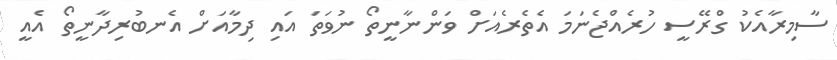
ސާމިރާއެކު ގްރޭސީ ހުރެއްޖެނަމަ އެތެރެއަށް ވަންނާނީތޯ ނުވަތަ އައި ދިމާއަށް އެނބުރިދާނީތޯ އެއީ